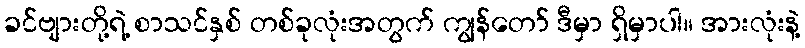
ခင်ဗျားတို့ရဲ့ စာသင်နှစ် တစ်ခုလုံးအတွက် ကျွန်တော် ဒီမှာ ရှိမှာပါ။ အားလုံးနဲ့